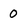
Character: 0